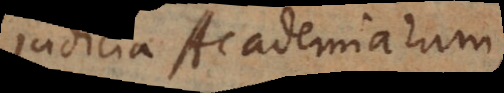
judicia Academiarum,